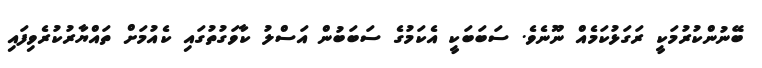
ބޭނުންކުރުމަކީ ރަގަޅުކަމެއް ނޫނެވެ. ސަބަބަކީ އެކަމުގެ ސަބަބުން އަސްލު ކާވަގުތުގައި ކެއުމަށް ތައްޔާރުކުރެވިފައި